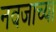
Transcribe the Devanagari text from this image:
नवजाच्या